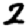
Digit: 2